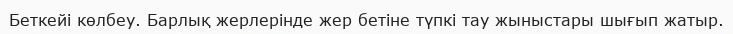
Беткейі көлбеу. Барлық жерлерінде жер бетіне түпкі тау жыныстары шығып жатыр.